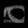
Digit: ၀